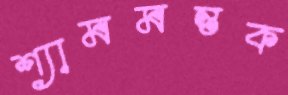
শ্যামমন্তক